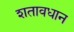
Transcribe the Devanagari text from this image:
शतावधान